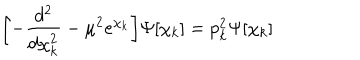
LaTeX: \biggl [ - { \frac { d ^ { 2 } } { d \chi _ { k } ^ { 2 } } } - \mu ^ { 2 } e ^ { \chi _ { k } } \biggr ] \Psi [ \chi _ { k } ] = p _ { k } ^ { 2 } \Psi [ \chi _ { k } ]